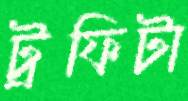
ট্রফিটা